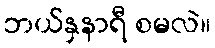
ဘယ်နှနာရီ စမလဲ။